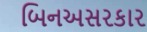
બિનઅસરકાર